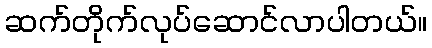
ဆက်တိုက်လုပ်ဆောင်လာပါတယ်။